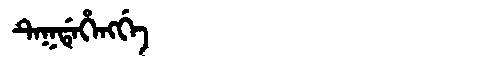
Manchu: ᡨᡝᡴᡩᡝᡥᡝᠩᡤᡝ
Romanization: TEKDEHENGGE